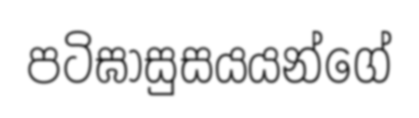
පටිඝාසුසයයන්ගේ